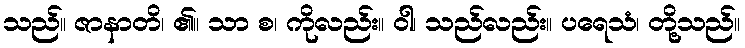
သည်။ ဇာနာတိ၊ ၏။ သာ စ၊ ကိုလည်း။ ဝါ၊ သည်လည်း။ ပရေသံ၊ တို့သည်။